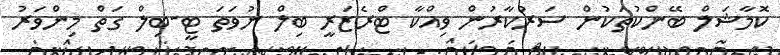
ކޮމާޝަލް ބޭންކުތަކުން ސަރުކާރުން ވިއްކާ ޓްރެޒަރީ ބިލް ނުވަތަ ޓީ-ބިލް ގަތް މިންވަރު